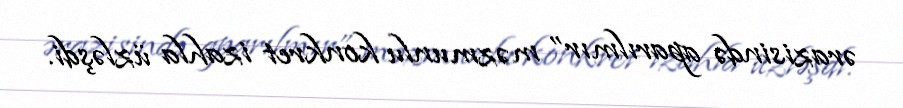
ərazisində aparılmır” məzmunlu konkret izahla üzləşdi.